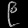
Digit: ၉